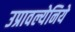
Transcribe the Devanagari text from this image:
उप्रावल्येनिये